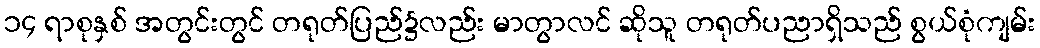
၁၄ ရာစုနှစ် အတွင်းတွင် တရုတ်ပြည်၌လည်း မာတွာလင် ဆိုသူ တရုတ်ပညာရှိသည် စွယ်စုံကျမ်း